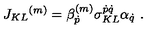
J _ { K L } { } ^ { ( m ) } = \beta _ { \dot { p } } ^ { ( m ) } \sigma _ { K L } ^ { \dot { p } \dot { q } } \alpha _ { \dot { q } } \ .